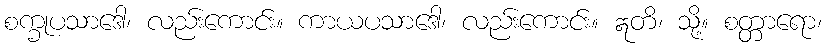
စက္ခုပသာဒေါ၊ လည်းကောင်း။ ကာယပသာဒေါ၊ လည်းကောင်း။ ဣတိ၊ သို့။ စတ္တာရော၊